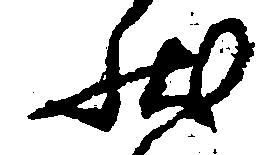
状